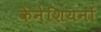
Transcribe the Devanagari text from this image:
केनेशियनों